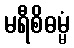
မရီစိဓမ္မံ